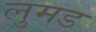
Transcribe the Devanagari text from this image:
लुमड